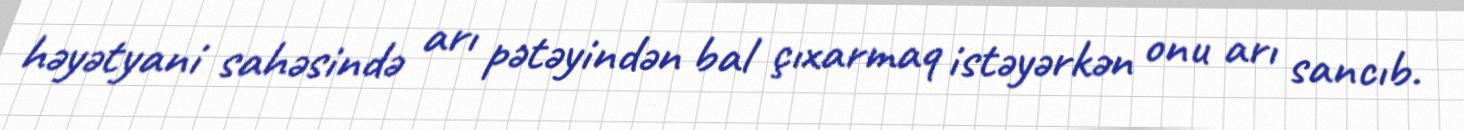
həyətyani sahəsində arı pətəyindən bal çıxarmaq istəyərkən onu arı sancıb.